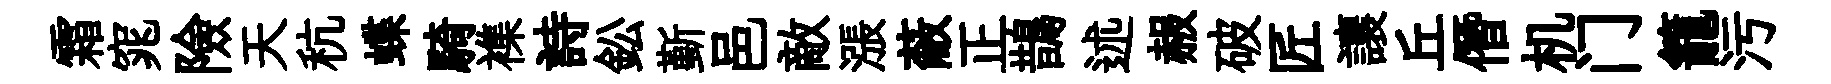
霜窕險天秔蝶騎襍詩鈆斳邑敵漲蔽正鵲述赧破匠讓丘僭机门籠污